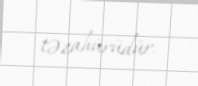
təzahürüdür.